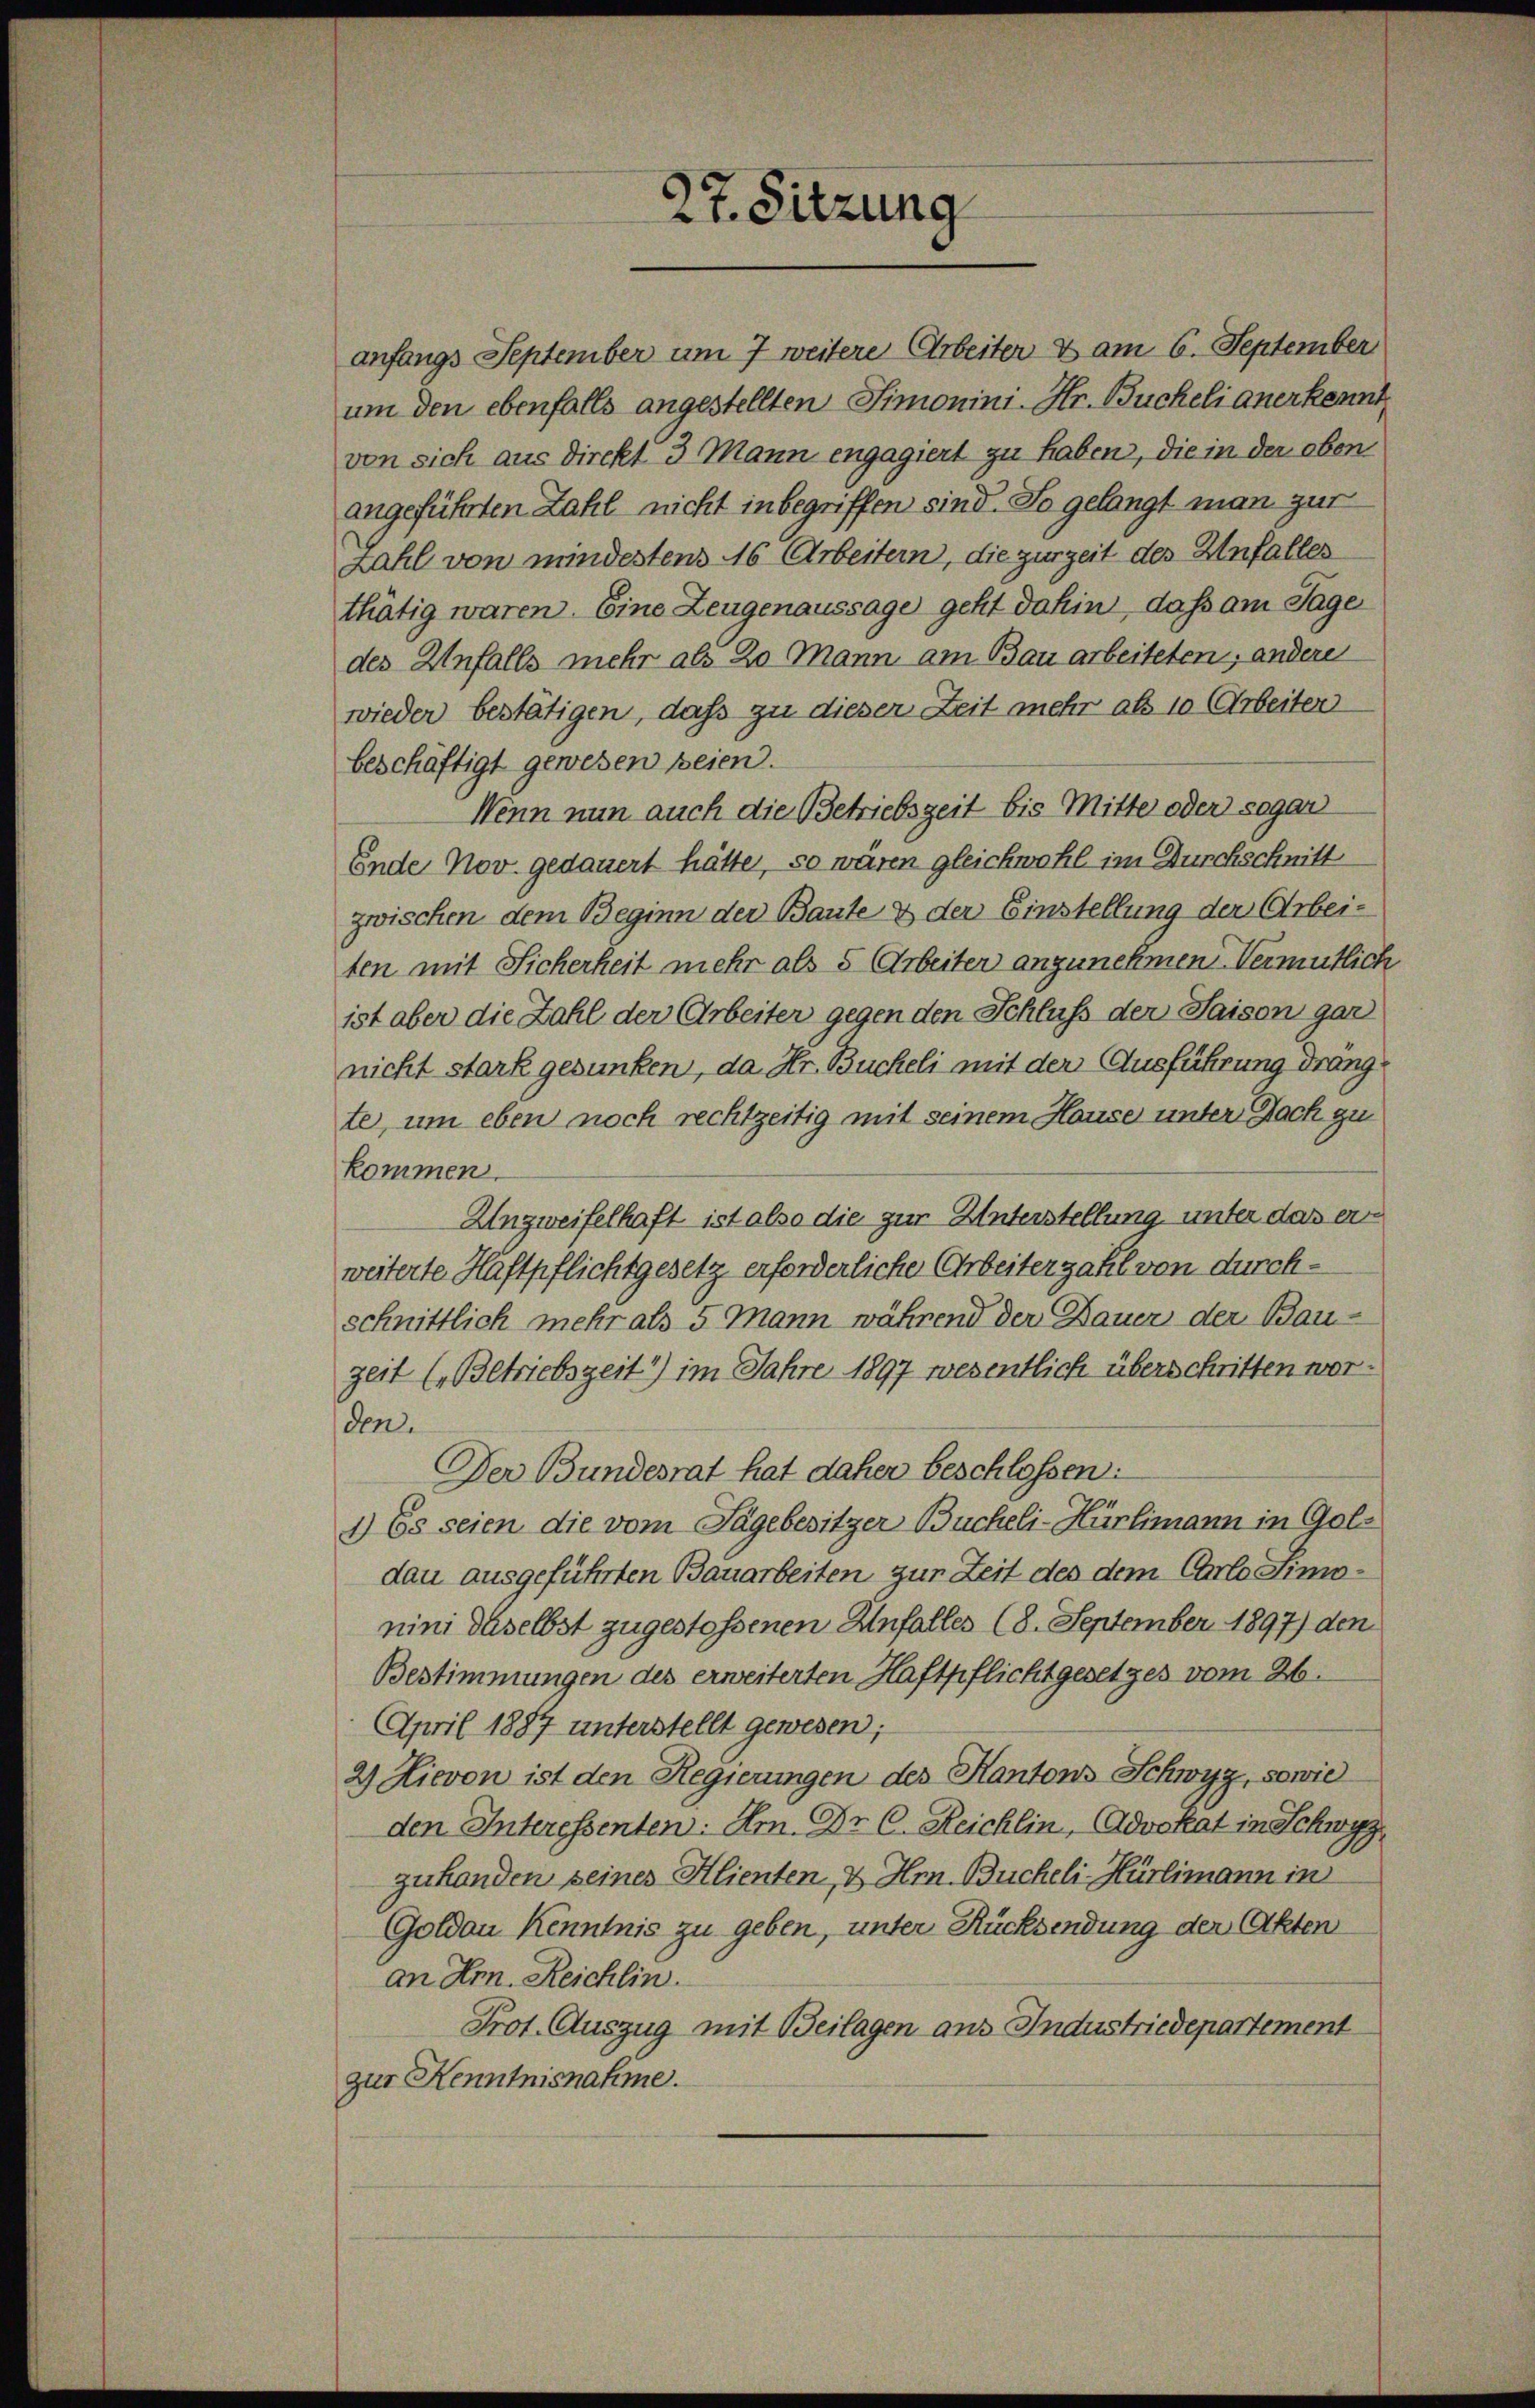
beschäftigt gewesen seien.
Wenn nun auch die Betriebszeit bis Mitte oder sogar
Ende Nov. gedauert hätte, so wären gleichwohl im Durchschnitt
zwischen dem Beginn der Baute & der Einstellung der Arbeiten mit Sicherheit mehr als 5 Arbeiter anzunehmen Vermutlich
ist aber die Zahl der Arbeiter gegen den Schluß der Saison gar
nicht stark gesunken, da Hr. Bucheli mit der Ausführung drangte, um eben noch rechtzeitig mit seinem Hause unter Nach zu
kommen.
Unzweifelhaft ist also die zur Unterstellung unter das ers
weiterte Haftpflichtgesetz erforderliche Arbeiter zahl von durchschnittlich mehr als 5 Mann während der Dauer der Bauzeit (Betriebszeit) im Jahre 1897 wesentlich überschritten worden.
Der Bundesrat hat daher beschlossen:
1) Es seien die vom Tagebesitzer Bucheli-Hürlimann in Gols
dau ausgeführten Bauarbeiten zur Zeit des dem Charlo Simonini daselbst zugestossenen Unfall(...)(8. September 1897) den
Bestimmungen des erweiterten Haftpflicht gesetzes vom 26.
April 1887 unterstellt gewesen;
2) Hievon ist den Regierungen des Kantons Schwyz, sowie
den Interessenten: Am Dr. C. Reichlin, Advokat in Schwyz,
zuhanden seines Klienten, & Hrn. Bücheli-Hürlimann in
Goldau Kenntnis zu geben, unter Rücksendung der Akten
an Hrn. Reichlin
Prot. Auszug mit Beilagen aus Industriedepartement
zur Kenntnisnahme.

27. Sitzung

anfangs September um 7 weitere Arbeiter & am 6. September
um den ebenfalls angestellten Simonini. Hr. Bucheli anerkennt
von sich aus Direkt 3 Mann engagiert zu haben, die in der oben
angeführten Zahl nicht inbegriffen sind. So gelangt man zur
Zahl von mindestens 16 Arbeitern, die zurzeit des Unfalles
thätig waren. Eine Zeugenaussage geht dahin, dass am Tage
des Unfalls mehr als 20 Mann am Bau arbeiteten, andere
wieder bestätigen, daß zu dieser Zeit mehr als 10 Arbeiter